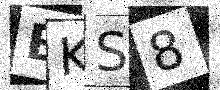
Text: BKS8